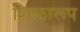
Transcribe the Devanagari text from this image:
शिळारूप